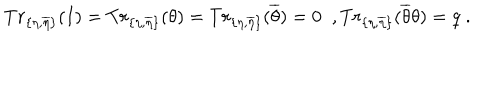
T r _ { \{ \eta , \overline { { { \eta } } } \} } ( I ) = T r _ { \{ \eta , \overline { { { \eta } } } \} } ( \theta ) = T r _ { \{ \eta , \overline { { { \eta } } } \} } ( \overline { { { \theta } } } ) = 0 \; \; , T r _ { \{ \eta , \overline { { { \eta } } } \} } ( \overline { { { \theta } } } \theta ) = q \; .